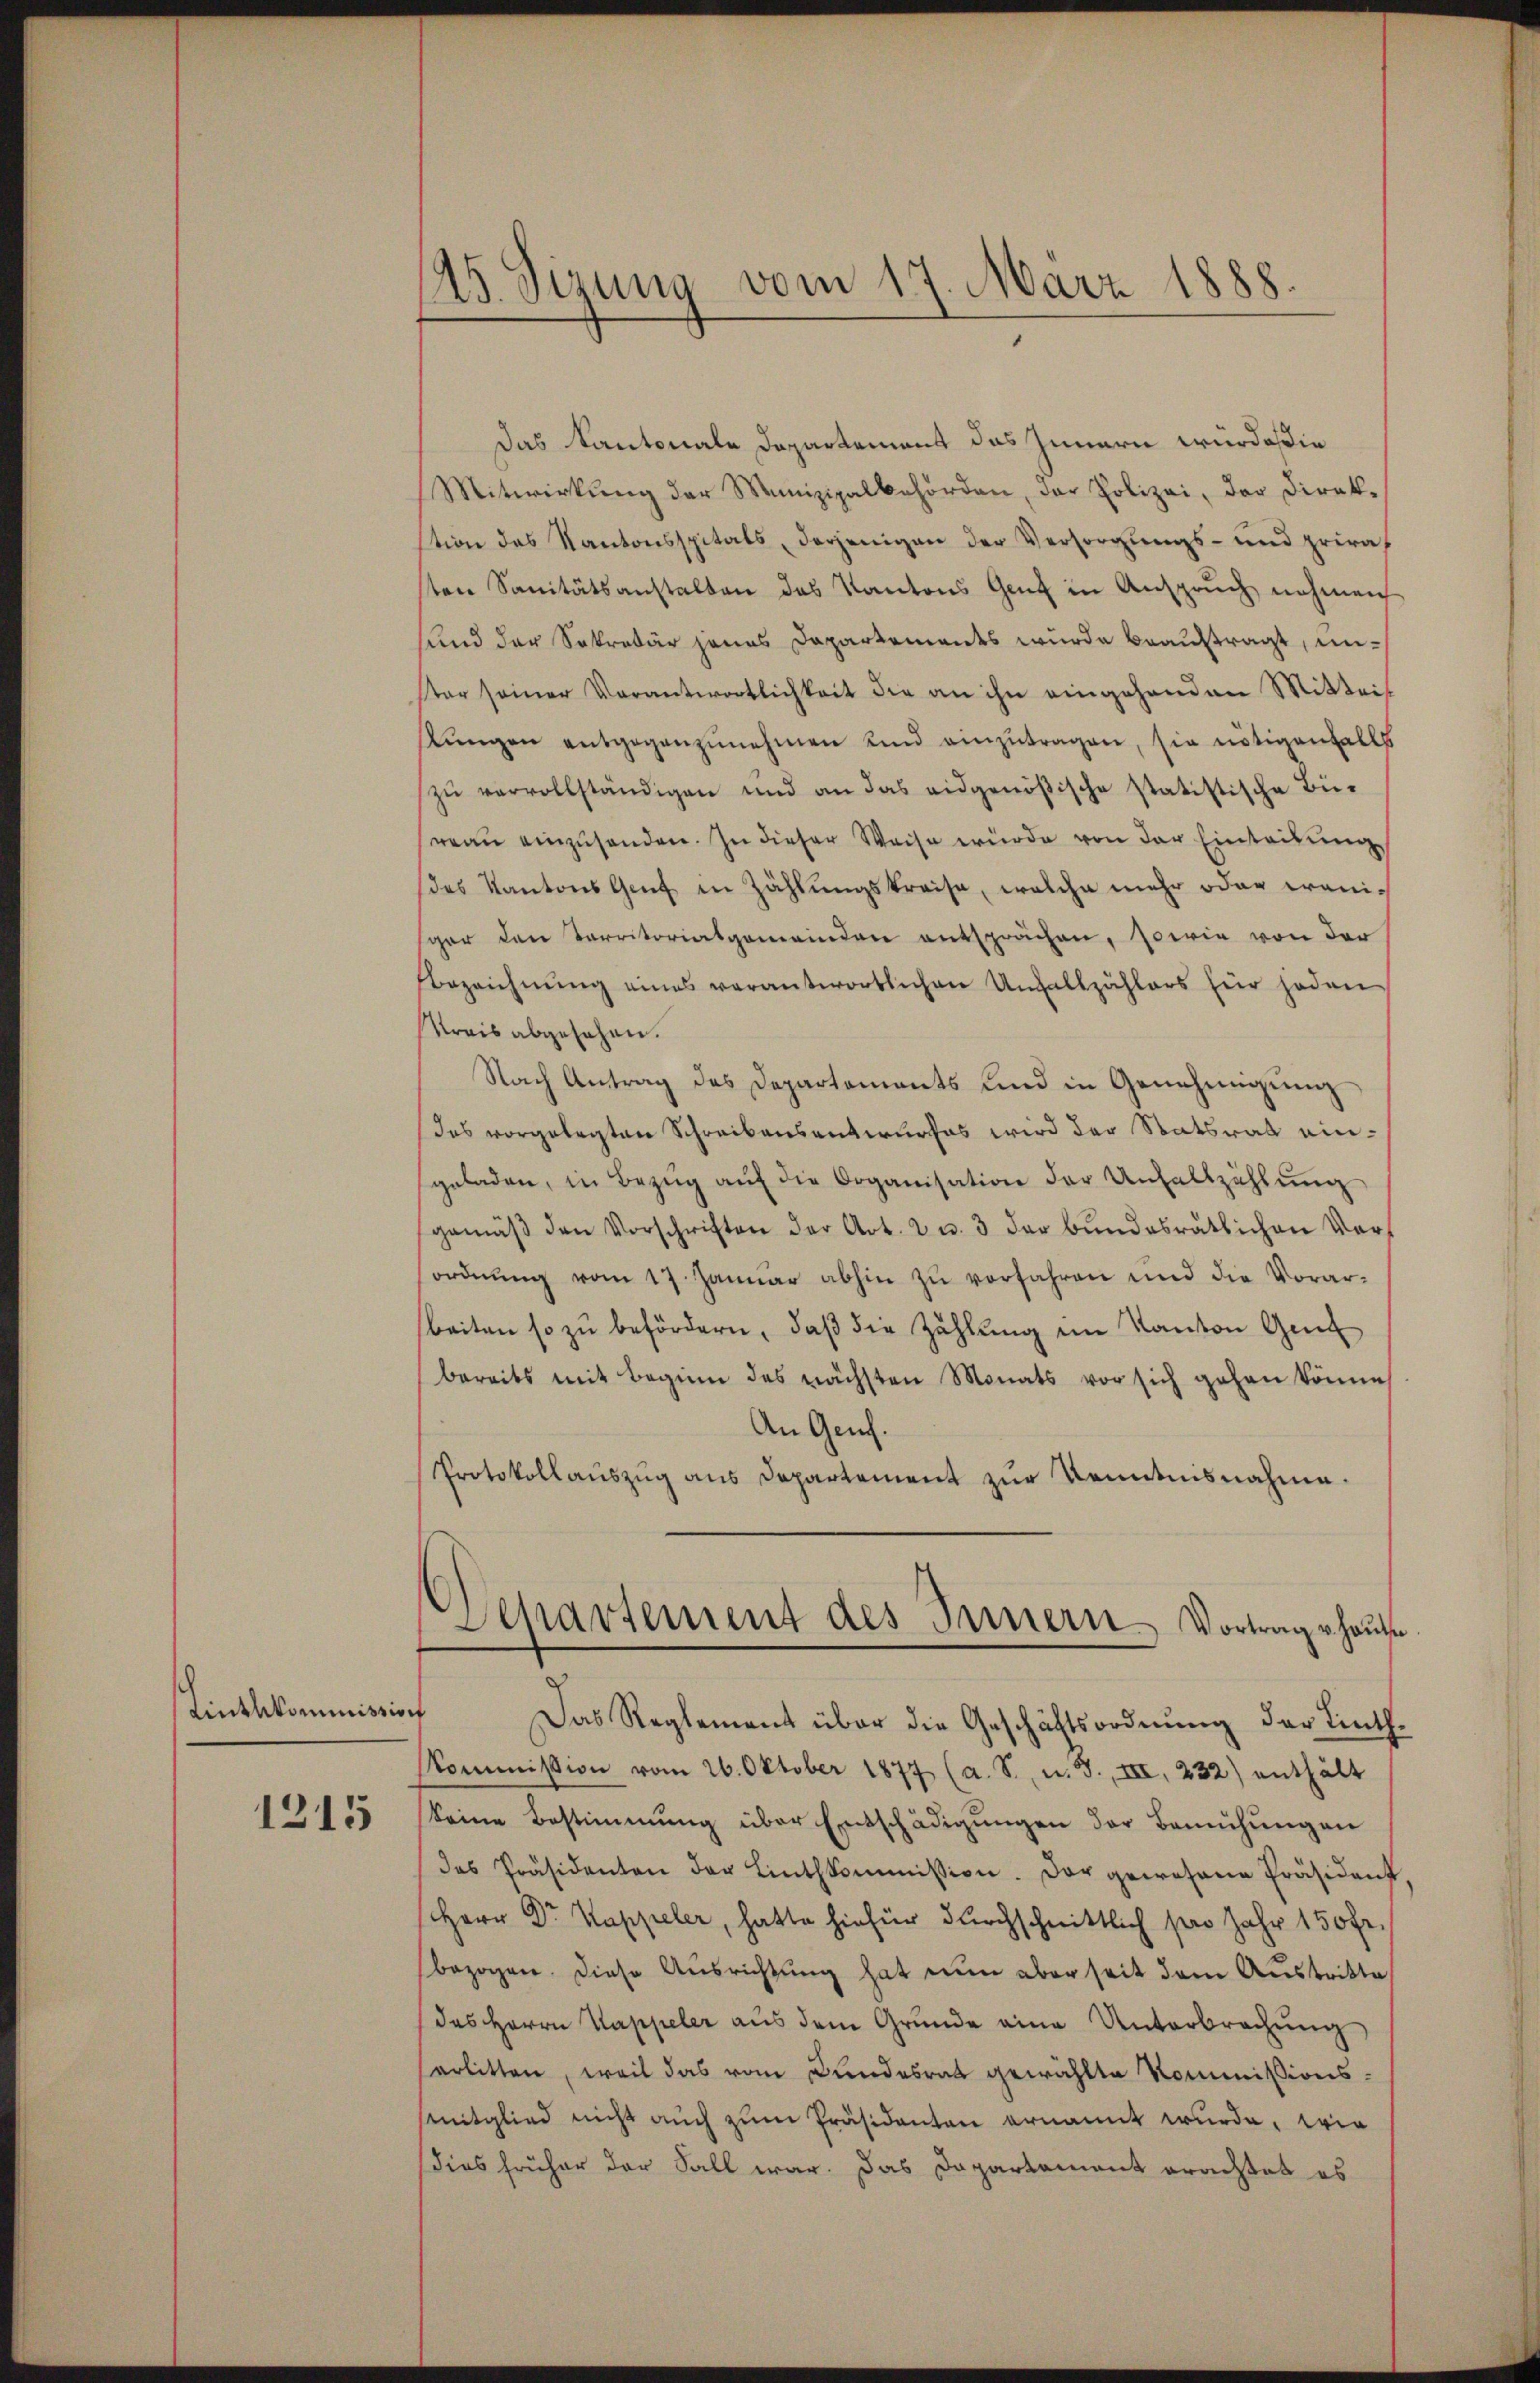
Linthkommission

1215

25. Sizung vom 17. März 1888.

das Kantonale Departement das Innern wurde die
Mitwirkung der Munizipalbehörden, der Polizei, der Direktion des Kantonsspitals, derjenigen der Versorgungs- und privat
ten Sanitätsanstalten das Kantons Genf in Anspruch nehmen
sund der Sekretär jenes Dapartements wurde beauftragt, untar seiner Verantwortlichkeit die an ihn eingehenden Mitteil
tŭngen entgegenzŭnehmen und einzutragen, sie nötigenfalls
zŭ vervollständigen und an das eidgenößische statistische Bü-
reau einzusenden. In dieser Weise wurde von der Einteilung
des Kantons Genf in Zählungskreise, welche mehr oder wenigar den Territoriatgemeinden entsprächen, sowie von der
Bezeichnŭng eines verantwortlichen Unfallzählers für jeden
Kreis abgesehen.
Nach Antrag des Departements und in Genehmigung
Das vorgelegten Schreibensantwurfes wird der Statsrat einsgeladen, in Bezŭg aŭf die Organisation der Unfallzählŭng
gemäβ den Vorschriften der Art. 2 u. 3 der Bŭndesrätlichen Vor-
ordnŭng vom 17. Januar abhin zŭ verfahren und die Vorar-
beiten so zu befördern, daß die Zahlung im Kanton Gen
bereits mit Beginn des nächsten Monats vor sich gehen könne,
An Genf.
Protokollauszug aus Departement zur Kenntnisnahme.
Departement des Innern Vortrag hause
Das Reglement über die Geschäftsordnung der Linth¬
(Kommission vom 26. Oktober 1877 (a. S. u. 3., III, 232) enthält
keine Bestimmung über Entschädigungen der Bemühungen
des Präsidenten der Linthkommission. Der gewesene Präsident,
Herr Dr. Kappeler, hatte hiefür durchschnittlich sei Jahr 150 Fr.
bezogen. Diese Ausrichtŭng hat nun aber seit dem Austritte
das Herrn Kappeler aŭs dem Grŭnde eine Unterbrechŭng
serlitten, weil das vom Bundesrat gewählte Kommissionssmitglied nicht auch zum Präsidenten ernannt wurde, wie
dies früher der Sall war. Das Dapartement erachtet es